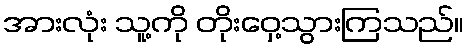
အားလုံး သူ့ကို တိုးဝှေ့သွားကြသည်။